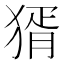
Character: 𤟠